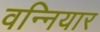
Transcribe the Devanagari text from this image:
वन्नियार